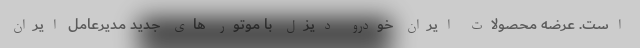
است. عرضه محصولات ایران خودرو دیزل با موتور های جدید مدیرعامل ایران